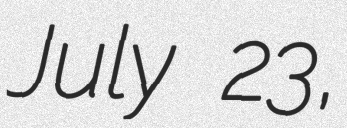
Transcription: July 23,